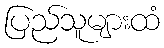
ပြည်သူများထံ